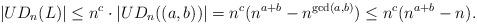
LaTeX: \begin{align*}|UD_n(L)|\leq n^c\cdot |UD_n((a,b))|=n^c(n^{a+b}-n^{{\rm gcd}(a,b)})\leq n^c(n^{a+b}-n).\end{align*}